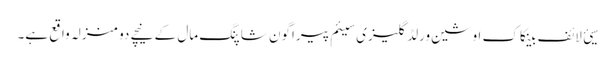
سیئ لائف بینکاک اوشین ورلڈ گلیزی سیئم پیراگون شاپنگ مال کے نیچے دو منزلہ واقع ہے۔